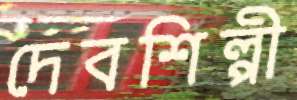
দেবশিল্পী